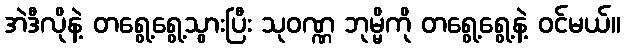
အဲဒီလိုနဲ့ တရွေ့ရွေ့သွားပြီး သုဝဏ္ဏ ဘုမ္မိကို တရွေ့ရွေ့နဲ့ ဝင်မယ်။